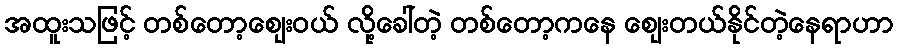
အထူးသဖြင့် တစ်တော့ဈေးဝယ် လို့ခေါ်တဲ့ တစ်တော့ကနေ ဈေးတယ်နိုင်တဲ့နေရာဟာ